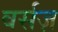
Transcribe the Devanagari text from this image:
वर्सज़